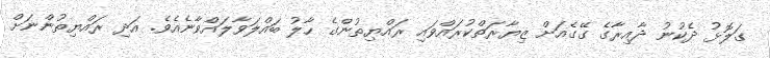
ގަލޮޅު ދެކުނު ދާއިރާގެ ގޭގެއަށް ޒިޔާރަތްކުރައްވައި ރައްޔިތުންގެ ހާލު ބައްލަވާލައްވާނެއެވެ. އަދި ރައްޔިތުންނަށް